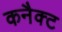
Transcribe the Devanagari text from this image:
कनैक्ट